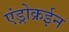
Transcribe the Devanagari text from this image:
एंड्रोक्रईन